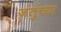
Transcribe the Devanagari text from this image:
जंतुंच्या